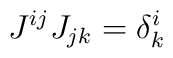
J^{ij} J_{jk} = \delta^i_k